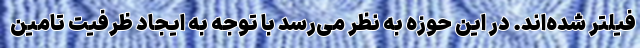
فیلتر شده‌اند. در این حوزه به نظر می‌رسد با توجه به ایجاد ظرفیت تامین